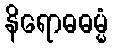
နိရောဓဓမ္မံ